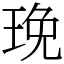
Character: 㻊